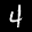
Label: 4